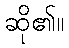
ဆို၏။